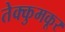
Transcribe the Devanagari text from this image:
तेक्कुमकूर